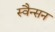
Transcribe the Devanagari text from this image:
स्वैन्सन